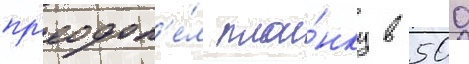
пр'еодол'е́л пла́нку в 500